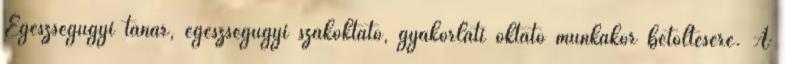
Egészségügyi tanár, egészségügyi szakoktató, gyakorlati oktató munkakör betöltésére. A